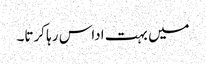
میں بہت اداس رہا کرتا۔